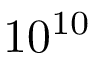
1 0 ^ { 1 0 }